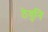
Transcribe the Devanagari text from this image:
ठेवुनि